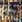
هل